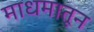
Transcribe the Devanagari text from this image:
माधमातून